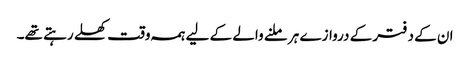
ان کے دفتر کے دروازے ہر ملنے والے کے لیے ہمہ وقت کھلے رہتے تھے۔